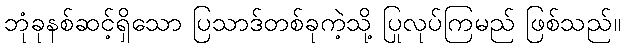
ဘုံခုနစ်ဆင့်ရှိသော ပြသာဒ်တစ်ခုကဲ့သို့ ပြုလုပ်ကြမည် ဖြစ်သည်။